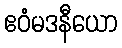
ဧဝံမဒနီယော